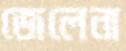
জেলেনা